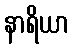
နာရိယာ